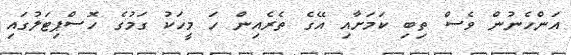
އަންހެނުން ވެސް ތިބި ކަމަށާއި އޭގެ ތެރެއިން ހަ މީހަކު ގަމުގެ ހޮސްޕިޓަލުގައި